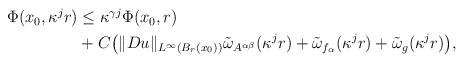
LaTeX: \begin{align*}\begin{aligned}\Phi(x_0, \kappa^j r)&\le \kappa^{\gamma j} \Phi(x_0, r)\\&+C\big(\|Du\|_{L^\infty(B_r(x_0))}\tilde{\omega}_{A^{\alpha\beta}}(\kappa^j r)+\tilde{\omega}_{f_\alpha}(\kappa^j r)+\tilde{\omega}_g(\kappa^j r)\big),\end{aligned}\end{align*}